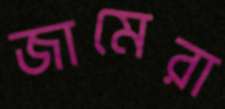
জামেরা